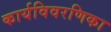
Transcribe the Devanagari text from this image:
कार्यविवरणिका